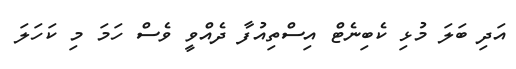
އަދި ބަލަ މުޅި ކެބިނެޓް އިސްތިއުފާ ދެއްވީ ވެސް ހަމަ މި ކަހަލަ